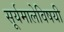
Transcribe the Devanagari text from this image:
सूर्यमालेविषयी